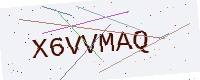
Text: X6VVMAQ